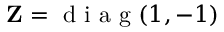
\mathbf { Z } = \mathrm { ~ d ~ i ~ a ~ g ~ } ( 1 , - 1 )